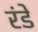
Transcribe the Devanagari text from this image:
रंडे